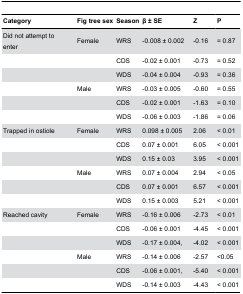
<table><thead><tr><td><b>Category</b></td><td><b>Fig tree sex</b></td><td><b>Season</b></td><td><b>β ± SE</b></td><td><b>Z</b></td><td><b>P</b></td></tr></thead><tbody><tr><td>Did not attempt to enter</td><td>Female</td><td>WRS</td><td>-0.008 ± 0.002</td><td>-0.16</td><td>= 0.87</td></tr><tr><td></td><td></td><td>CDS</td><td>-0.02 ± 0.001</td><td>-0.73</td><td>= 0.52</td></tr><tr><td></td><td></td><td>WDS</td><td>-0.04 ± 0.004</td><td>-0.93</td><td>= 0.36</td></tr><tr><td></td><td>Male</td><td>WRS</td><td>-0.03 ± 0.005</td><td>-0.60</td><td>= 0.55</td></tr><tr><td></td><td></td><td>CDS</td><td>-0.02 ± 0.001</td><td>-1.63</td><td>= 0.10</td></tr><tr><td></td><td></td><td>WDS</td><td>-0.06 ± 0.003</td><td>-1.86</td><td>= 0.06</td></tr><tr><td>Trapped in ostiole</td><td>Female</td><td>WRS</td><td>0.098 ± 0.005</td><td>2.06</td><td>&lt; 0.01</td></tr><tr><td></td><td></td><td>CDS</td><td>0.07 ± 0.001</td><td>6.05</td><td>&lt; 0.001</td></tr><tr><td></td><td></td><td>WDS</td><td>0.15 ± 0.03</td><td>3.95</td><td>&lt; 0.001</td></tr><tr><td></td><td>Male</td><td>WRS</td><td>0.07 ± 0.004</td><td>2.94</td><td>&lt; 0.05</td></tr><tr><td></td><td></td><td>CDS</td><td>0.07 ± 0.001</td><td>6.57</td><td>&lt; 0.001</td></tr><tr><td></td><td></td><td>WDS</td><td>0.15 ± 0.003</td><td>5.21</td><td>&lt; 0.001</td></tr><tr><td>Reached cavity</td><td>Female</td><td>WRS</td><td>-0.16 ± 0.006</td><td>-2.73</td><td>&lt; 0.01</td></tr><tr><td></td><td></td><td>CDS</td><td>-0.06 ± 0.001</td><td>-4.45</td><td>&lt; 0.001</td></tr><tr><td></td><td></td><td>WDS</td><td>-0.17 ± 0.004,</td><td>-4.02</td><td>&lt; 0.001</td></tr><tr><td></td><td>Male</td><td>WRS</td><td>-0.14 ± 0.006</td><td>-2.57</td><td>&lt;0.05</td></tr><tr><td></td><td></td><td>CDS</td><td>-0.06 ± 0.001,</td><td>-5.40</td><td>&lt; 0.001</td></tr><tr><td></td><td></td><td>WDS</td><td>-0.14 ± 0.003</td><td>-4.43</td><td>&lt; 0.001</td></tr></tbody></table>